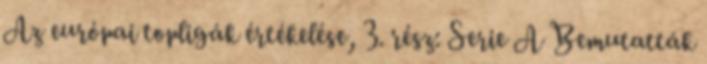
Az európai topligák értékelése, 3. rész: Serie A Bemutatták